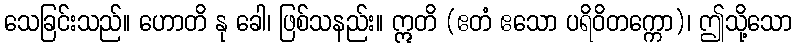
သေခြင်းသည်။ ဟောတိ နု ခေါ၊ ဖြစ်သနည်း။ ဣတိ (ဧတံ ဧသော ပရိဝိတက္ကော)၊ ဤသို့သော